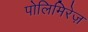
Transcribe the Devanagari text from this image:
पोलिमिरेज़